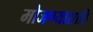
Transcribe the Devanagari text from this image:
मोजण्यासाठि